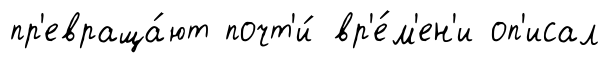
пр'евраща́ют почт'и́ вр'е́м'ен'и оп'исал